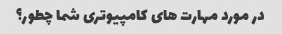
در مورد مهارت های کامپیوتری شما چطور؟